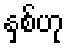
နှစ်ဟု